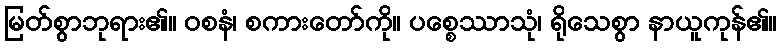
မြတ်စွာဘုရား၏။ ဝစနံ၊ စကားတော်ကို။ ပစ္စေဿာသုံ၊ ရိုသေစွာ နာယူကုန်၏။